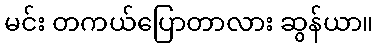
မင်း တကယ်ပြောတာလား ဆွန်ယာ။